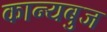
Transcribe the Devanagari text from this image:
कान्यबुज